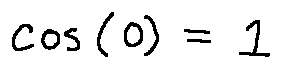
\cos ( 0 ) = 1